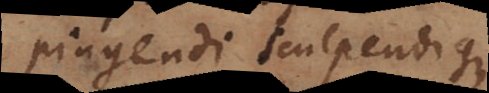
pingendi sculpendique